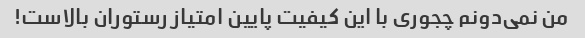
من نمی‌دونم چجوری با این کیفیت پایین امتیاز رستوران بالاست!